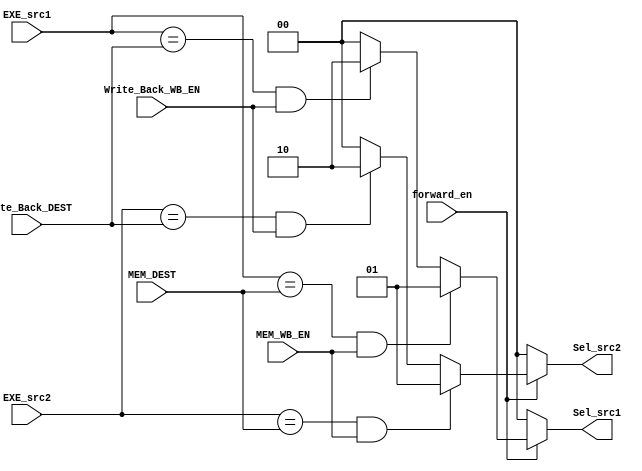
module Forwarding_Unit(
    input [3:0] EXE_src1, EXE_src2, MEM_DEST, Write_Back_DEST,
    input MEM_WB_EN, Write_Back_WB_EN, forward_en,
     
    output [1:0] Sel_src1, Sel_src2
);

    assign Sel_src1 = 
        (forward_en == 0) ? 2'b00 :
        ((EXE_src1 == MEM_DEST) && MEM_WB_EN == 1'b1) ? 2'b01 :
        ((EXE_src1 == Write_Back_DEST) && Write_Back_WB_EN == 1'b1) ? 2'b10 : 
        2'b00;

    assign Sel_src2 = 
        (forward_en == 0) ? 2'b00 :
        ((EXE_src2 == MEM_DEST) && MEM_WB_EN == 1'b1) ? 2'b01 :
        ((EXE_src2 == Write_Back_DEST) && Write_Back_WB_EN == 1'b1) ? 2'b10 : 
        2'b00;
     
endmodule